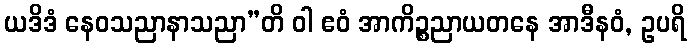
ယဒိဒံ နေဝသညာနာသညာ”တိ ဝါ ဧဝံ အာကိဉ္စညာယတနေ အာဒီနဝံ, ဥပရိ